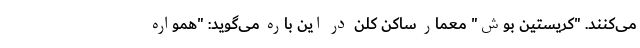
می‌کنند. "کریستین بوش" معمار ساکن کلن در این باره می‌گوید: "همواره